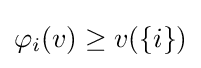
\varphi _{i}(v)\geq v(\{i\})